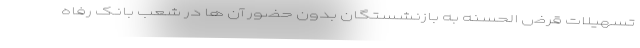
تسهیلات قرض الحسنه به بازنشستگان بدون حضور آن ها در شعب بانک رفاه